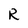
Character: R